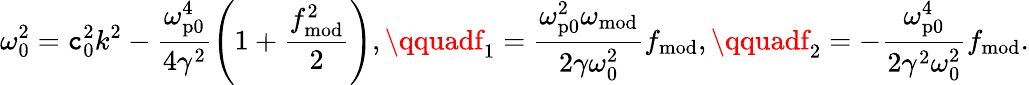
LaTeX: \omega_{0}^{2}=\mathtt{c}_{0}^{2}k^{2}-\frac{{\omega_{\mathrm{{p0}}}^{4}}}{{4\gamma^{2}}}\left(1+\frac{{f_{\mathrm{{mod}}}^{2}}}{{2}}\right),\qquadf_{1}=\frac{{\omega_{\mathrm{{p0}}}^{2}\omega_{\mathrm{{mod}}}}}{{2\gamma\omega_{0}^{2}}}f_{\mathrm{{mod}}},\qquadf_{2}=-\frac{{\omega_{\mathrm{{p0}}}^{4}}}{{2\gamma^{2}\omega_{0}^{2}}}f_{\mathrm{{mod}}}.